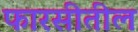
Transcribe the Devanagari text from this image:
फारसीतील